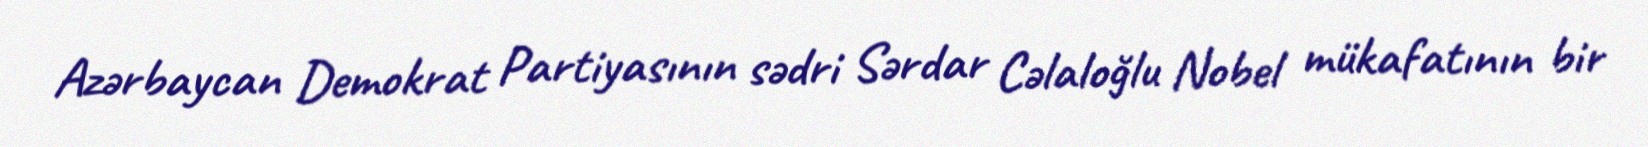
Azərbaycan Demokrat Partiyasının sədri Sərdar Cəlaloğlu Nobel mükafatının bir